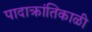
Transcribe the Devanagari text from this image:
पादाक्रांतिकाळी